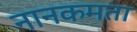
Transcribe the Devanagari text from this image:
नानकमता